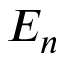
E _ { n }